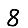
Digit: 8